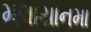
મલાયાનમા